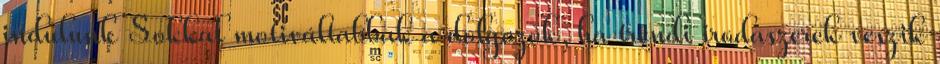
indulunk Sokkal motiváltabbak a dolgozók, ha trendi irodaszerek veszik